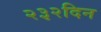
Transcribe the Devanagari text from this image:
२३२दिन